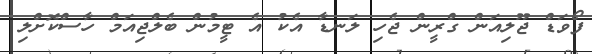
ފޯވަޑް ޖޫލިއަން ގްރީން ޖެހި ލަނޑާ އެކު އެ ޓީމުން ބެލްޖިއަމް ހާސްކޮށްލި